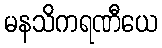
မနသိကရဏီယေ